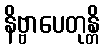
နိဗ္ဗာပေတုန္တိ